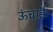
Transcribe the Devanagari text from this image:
ऊंचाईः